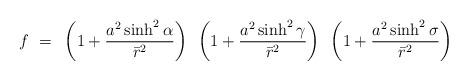
LaTeX: \begin{align*}f~=~\left( 1 + \frac{a^2 \sinh^2\alpha}{\bar r^2} \right)~\left( 1 + \frac{a^2 \sinh^2\gamma}{\bar r^2} \right)~\left( 1 + \frac{a^2 \sinh^2\sigma}{\bar r^2} \right)\end{align*}